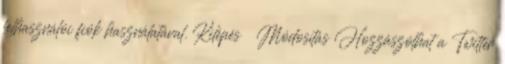
felhasználói fiók használatával. Kilépés Módosítás Hozzászólhat a Twitter